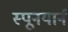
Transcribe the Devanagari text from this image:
स्पूनयार्न